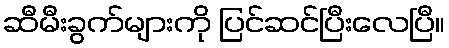
ဆီမီးခွက်များကို ပြင်ဆင်ပြီးလေပြီ။